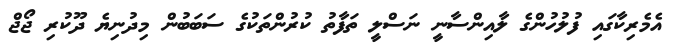
އެމެރިކާގައި ފުލުހުންގެ ލާއިންސާނީ ނަސްލީ ތަފާތު ކުރުންތަކުގެ ސަބަބުން މިދުނިޔެ ދޫކުރި ޖޯޖް